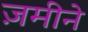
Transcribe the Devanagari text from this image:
ज़मीने